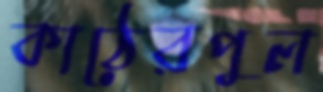
কাঠেরপুল